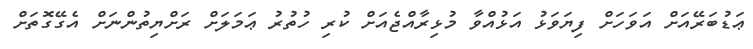
ޢަޑުބަރޭއަށް އަވަހަށް ފިޔަވަޅު އަޅުއްވާ މުޅިރާއްޖެއަށް ކުރި ހުތުރު ޢަމަލަށް ރަށްޔިތުންނަށް އެގޭގޮތަށް